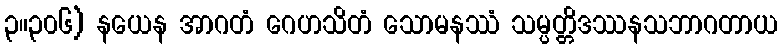
၃။၃၀၆) နယေန အာဂတံ ဂေဟသိတံ သောမနဿံ သမ္ပတ္တိဒဿနသဘာဂတာယ